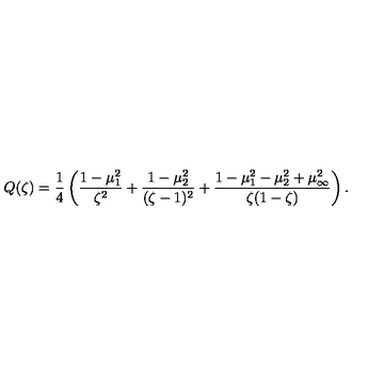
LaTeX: Q ( \zeta ) = \frac { 1 } { 4 } \left( \frac { 1 - \mu _ { 1 } ^ { 2 } } { \zeta ^ { 2 } } + \frac { 1 - \mu _ { 2 } ^ { 2 } } { ( \zeta - 1 ) ^ { 2 } } + \frac { 1 - \mu _ { 1 } ^ { 2 } - \mu _ { 2 } ^ { 2 } + \mu _ { \infty } ^ { 2 } } { \zeta ( 1 - \zeta ) } \right) .